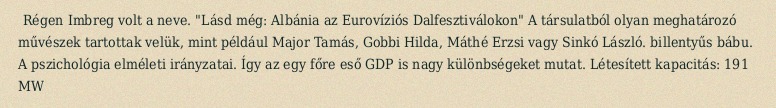
Régen Imbreg volt a neve. "Lásd még: Albánia az Eurovíziós Dalfesztiválokon" A társulatból olyan meghatározó mű‍vészek tartottak velük, mint például Major Tamás, Gobbi Hilda, Máthé Erzsi vagy Sinkó László. billentyűs bábu. A pszichológia elméleti irányzatai. Így az egy főre eső GDP is nagy különbségeket mutat. Létesített kapacitás: 191 MW